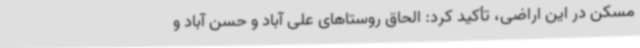
مسکن در این اراضی، تأکید کرد: الحاق روستاهای علی آباد و حسن آباد و